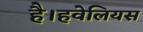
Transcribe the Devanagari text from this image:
है।हवेलियस